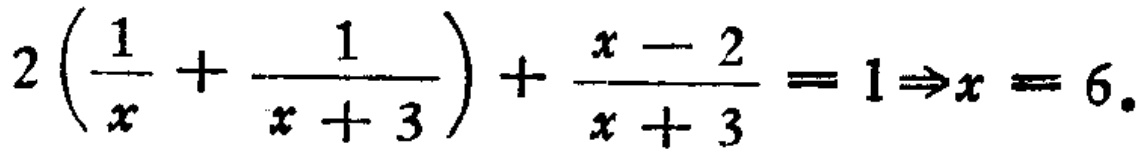
\(2\left(\frac{1}{x}+\frac{1}{x + 3}\right)+\frac{x - 2}{x + 3}=1\Rightarrow x = 6\)